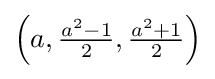
\left(a,{\tfrac {a^{2}-1}{2}},{\tfrac {a^{2}+1}{2}}\right)